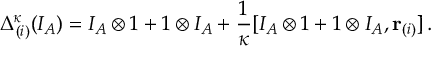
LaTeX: \Delta _ { ( i ) } ^ { \kappa } ( I _ { A } ) = I _ { A } \otimes 1 + 1 \otimes I _ { A } + \frac { 1 } { \kappa } [ I _ { A } \otimes 1 + 1 \otimes I _ { A } , { \bf r } _ { ( i ) } ] \, .